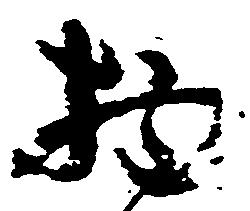
物